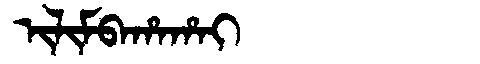
Manchu: ᡳᠯᡳᠮᠪᠠᡥᠠᡥᠠᡳ
Romanization: ILIMBAHAHAI